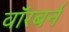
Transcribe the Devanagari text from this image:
वॉरबर्न